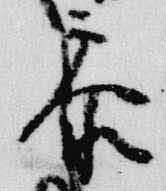
参